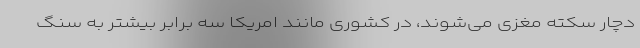
دچار سکته مغزی می‌شوند، در کشوری مانند امریکا سه برابر بیشتر به سنگ